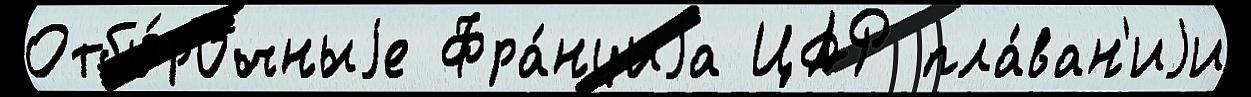
Отбо́рочныjе Фра́нциjа ЦАР пла́ван'иjи